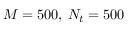
M = 5 0 0 , \: N _ { t } = 5 0 0